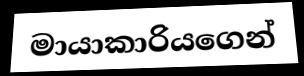
මායාකාරියගෙන්